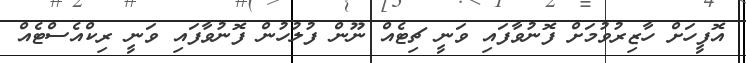
އޮފީހަށް ހާޒިރުވުމަށް ފޮނުވާފައި ވަނީ ޗިޓެއް ނޫން ފުލުހުން ފޮނުވާފައި ވަނީ ރިކްއެސްޓެއް